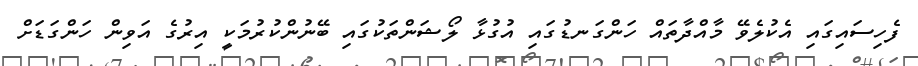
ފެހިސައިގައި އެކުލެވޭ މާއްދާތައް ހަންގަނޑުގައި އުގުޅާ ލޯޝަންތަކުގައި ބޭނުންކުރުމަކީ އިރުގެ އަވިން ހަންގަޑަށް